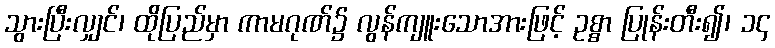
သွားပြီးလျှင်၊ ထိုပြည်မှာ ကာမဂုဏ်၌ လွန်ကျူးသောအားဖြင့် ဥစ္စာ ပြုန်းတီး၍၊ ၁၄